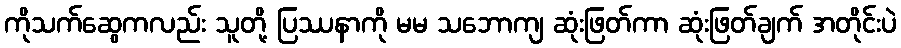
ကိုသက်ဆွေကလည်း သူတို့ ပြဿနာကို မမ သဘောကျ ဆုံးဖြတ်ကာ ဆုံးဖြတ်ချက် အတိုင်းပဲ